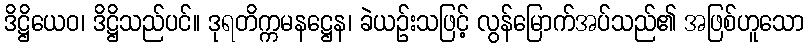
ဒိဋ္ဌိယေဝ၊ ဒိဋ္ဌိသည်ပင်။ ဒုရတိက္ကမနဋ္ဌေန၊ ခဲယဉ်းသဖြင့် လွန်မြောက်အပ်သည်၏ အဖြစ်ဟူသော